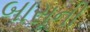
બાસૂની